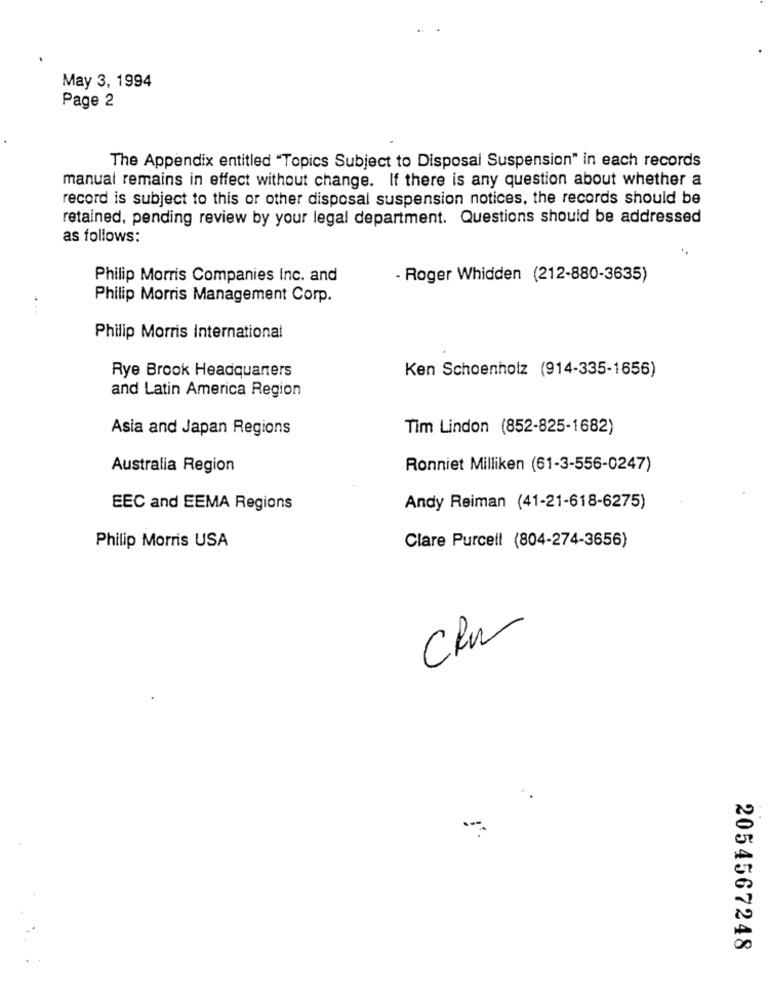
May 3, 1994
Page 2
The Appendix entitled "Topics Subject to Disposal Suspension" in each records
manual remains in effect without change. If there is any question about whether a
record is subject to this or other disposal suspension notices, the records should be
retained, pending review by your legal department. Questions should be addressed
as follows:
Philip Morris Companies Inc. and
- Roger Whidden (212-880-3635)
Philip Morris Management Corp.
Philip Morris International
Rye Brook Headquarters
Ken Schoenholz (914-335-1656)
and Latin America Region
Asia and Japan Regions
Tim Lindon (852-825-1682)
Australia Region
Ronniet Milliken (61-3-556-0247)
EEC and EEMA Regions
Andy Reiman (41-21-618-6275)
Clare Purcell (804-274-3656)
Philip Morris USA
CRM
2054567248